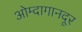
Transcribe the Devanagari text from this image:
ओम्दागानदूर